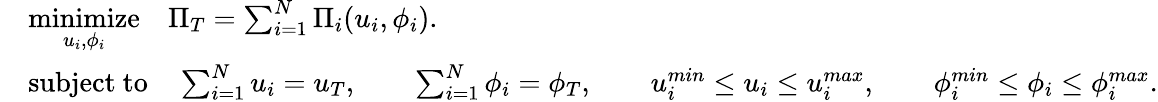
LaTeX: \begin{array}{rl}&{\underset{u_{i},\phi_{i}}{\mathrm{minimize}}\quad\Pi_{T}=\sum_{i=1}^{N}\Pi_{i}(u_{i},\phi_{i}).}\\ &{\mathrm{subject~to}\quad\sum_{i=1}^{N}u_{i}=u_{T},\qquad\sum_{i=1}^{N}\phi_{i}=\phi_{T},\qquad u_{i}^{min}\leq u_{i}\leq u_{i}^{max},\qquad\phi_{i}^{min}\leq\phi_{i}\leq\phi_{i}^{max}.}\end{array}